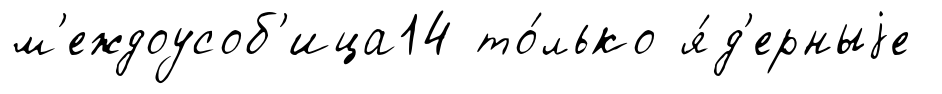
м'еждоусоб'ица14 то́лько я́д'ерныjе